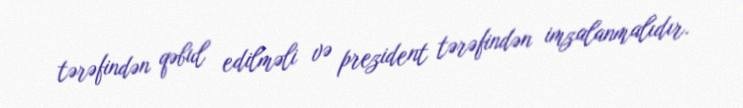
tərəfindən qəbul edilməli və prezident tərəfindən imzalanmalıdır.